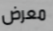
معرض